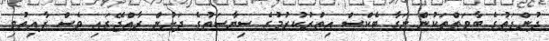
ދުންފަތުގެ ބާވަތްތަކުން ނަގާ ޓެކްސް އިތުރުކުރުމުގެ ސިޔާސަތުގެ ދަށުން ރާއްޖޭގައި ވެސް ފާއިތުވި